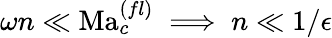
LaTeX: \omega n\ll\mathrm{Ma}_{c}^{(fl)}\implies n\ll 1/{\epsilon}